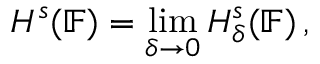
{ \cal H } ^ { s } ( \mathbb { F } ) = \operatorname* { l i m } _ { \delta \rightarrow 0 } { \cal H } _ { \delta } ^ { s } ( \mathbb { F } ) \, ,